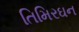
તિમિરઘન